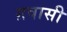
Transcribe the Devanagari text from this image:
ग़वासी